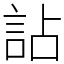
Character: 詀